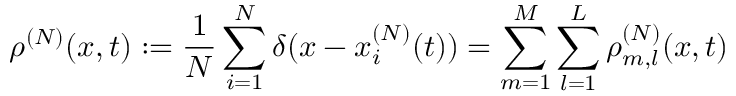
\rho ^ { ( N ) } ( x , t ) : = \frac { 1 } { N } \sum _ { i = 1 } ^ { N } \delta ( x - x _ { i } ^ { ( N ) } ( t ) ) = \sum _ { m = 1 } ^ { M } \sum _ { l = 1 } ^ { L } \rho _ { m , l } ^ { ( N ) } ( x , t )